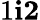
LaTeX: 1\le i\le 2